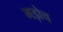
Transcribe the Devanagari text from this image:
भड़ोच